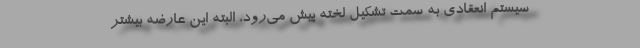
سیستم انعقادی به سمت تشکیل لخته پیش می‌رود، البته این عارضه بیشتر